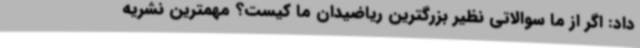
داد: اگر از ما سوالاتی نظیر بزرگترین ریاضیدان ما کیست؟ مهمترین نشریه